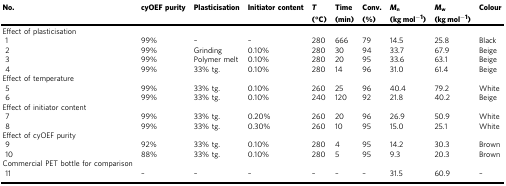
| <ROWSPAN=2> No. | <ROWSPAN=2> cyOEF purity | <ROWSPAN=2> Plasticisation | <ROWSPAN=2> Initiator content | T | Time | Conv. | Mn | Mw | <ROWSPAN=2> Colour |
 | (°C) | (min) | (%) | (kg mol−1) | (kg mol−1) |
 | --- | --- | --- | --- | --- | --- | --- | --- | --- | --- |
 | Effect of plasticisation |  |  |  |  |  |  |  |  |  |
 | 1 | 99% | – | – | 280 | 666 | 79 | 14.5 | 25.8 | Black |
 | 2 | 99% | Grinding | 0.10% | 280 | 30 | 94 | 33.7 | 67.9 | Beige |
 | 3 | 99% | Polymer melt | 0.10% | 280 | 20 | 95 | 33.6 | 63.1 | Beige |
 | 4 | 99% | 33% tg. | 0.10% | 280 | 14 | 96 | 31.0 | 61.4 | Beige |
 | Effect of temperature |  |  |  |  |  |  |  |  |  |
 | 5 | 99% | 33% tg. | 0.10% | 260 | 25 | 96 | 40.4 | 79.2 | White |
 | 6 | 99% | 33% tg. | 0.10% | 240 | 120 | 92 | 21.8 | 40.2 | Beige |
 | Effect of initiator content |  |  |  |  |  |  |  |  |  |
 | 7 | 99% | 33% tg. | 0.20% | 260 | 20 | 96 | 26.9 | 50.9 | White |
 | 8 | 99% | 33% tg. | 0.30% | 260 | 10 | 95 | 15.0 | 25.1 | White |
 | Effect of cyOEF purity |  |  |  |  |  |  |  |  |  |
 | 9 | 92% | 33% tg. | 0.10% | 280 | 4 | 95 | 14.2 | 30.3 | Brown |
 | 10 | 88% | 33% tg. | 0.10% | 280 | 5 | 95 | 9.3 | 20.3 | Brown |
 | Commercial PET bottle for comparison |  |  |  |  |  |  |  |  |  |
 | 11 | – | – | – | – | – | – | 31.5 | 60.9 | – |